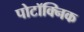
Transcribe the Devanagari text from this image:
पोटॉक्निक